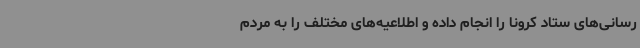
رسانی‌های ستاد کرونا را انجام داده و اطلاعیه‌های مختلف را به مردم